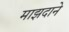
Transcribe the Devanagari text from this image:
माझदाने